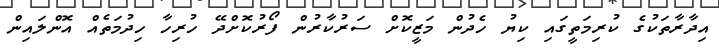
އިދާރާތަކުގެ ކުރިމަތީގައި ކިޔު ހެދުން މަޒީކޮށް ސަރުކާރުން ފޯރުކޮށްދޭ ހުރިހާ ހިދުމަތެއް އޮންލައިން